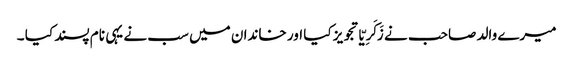
میرے والد صاحب نے زَکَرِیّا تجویز کیا اور خاندان میں سب نے یہی نام پسند کیا ۔